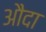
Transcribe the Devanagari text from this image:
औदा